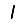
Digit: 1